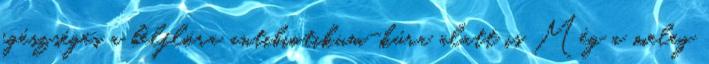
egészséges a bélflóra antibiotikum-kúra alatt is Még a meleg